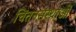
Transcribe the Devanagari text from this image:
चिंतनसंस्थाओं